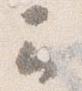
云